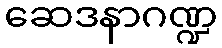
ဆေဒနာဂဏ္ဍ